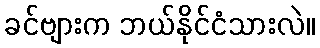
ခင်ဗျားက ဘယ်နိုင်ငံသားလဲ။